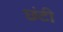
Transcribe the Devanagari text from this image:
छंटी